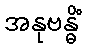
အနုဗန္ဓိံ